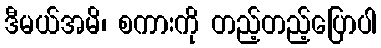
ဒီမယ်အမိ၊ စကားကို တည့်တည့်ပြောပါ